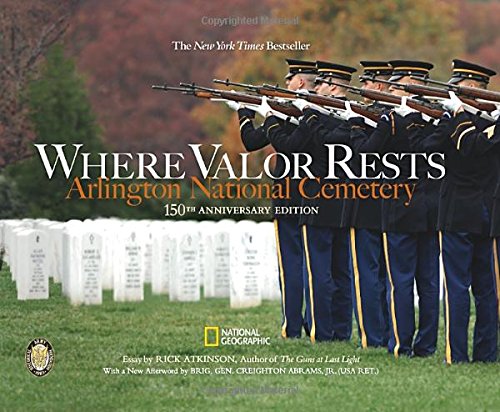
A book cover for Where Valor Rests: Arlington National Cemetery; Rick Atkinson; Arts & Photography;